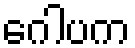
ဂေါပက